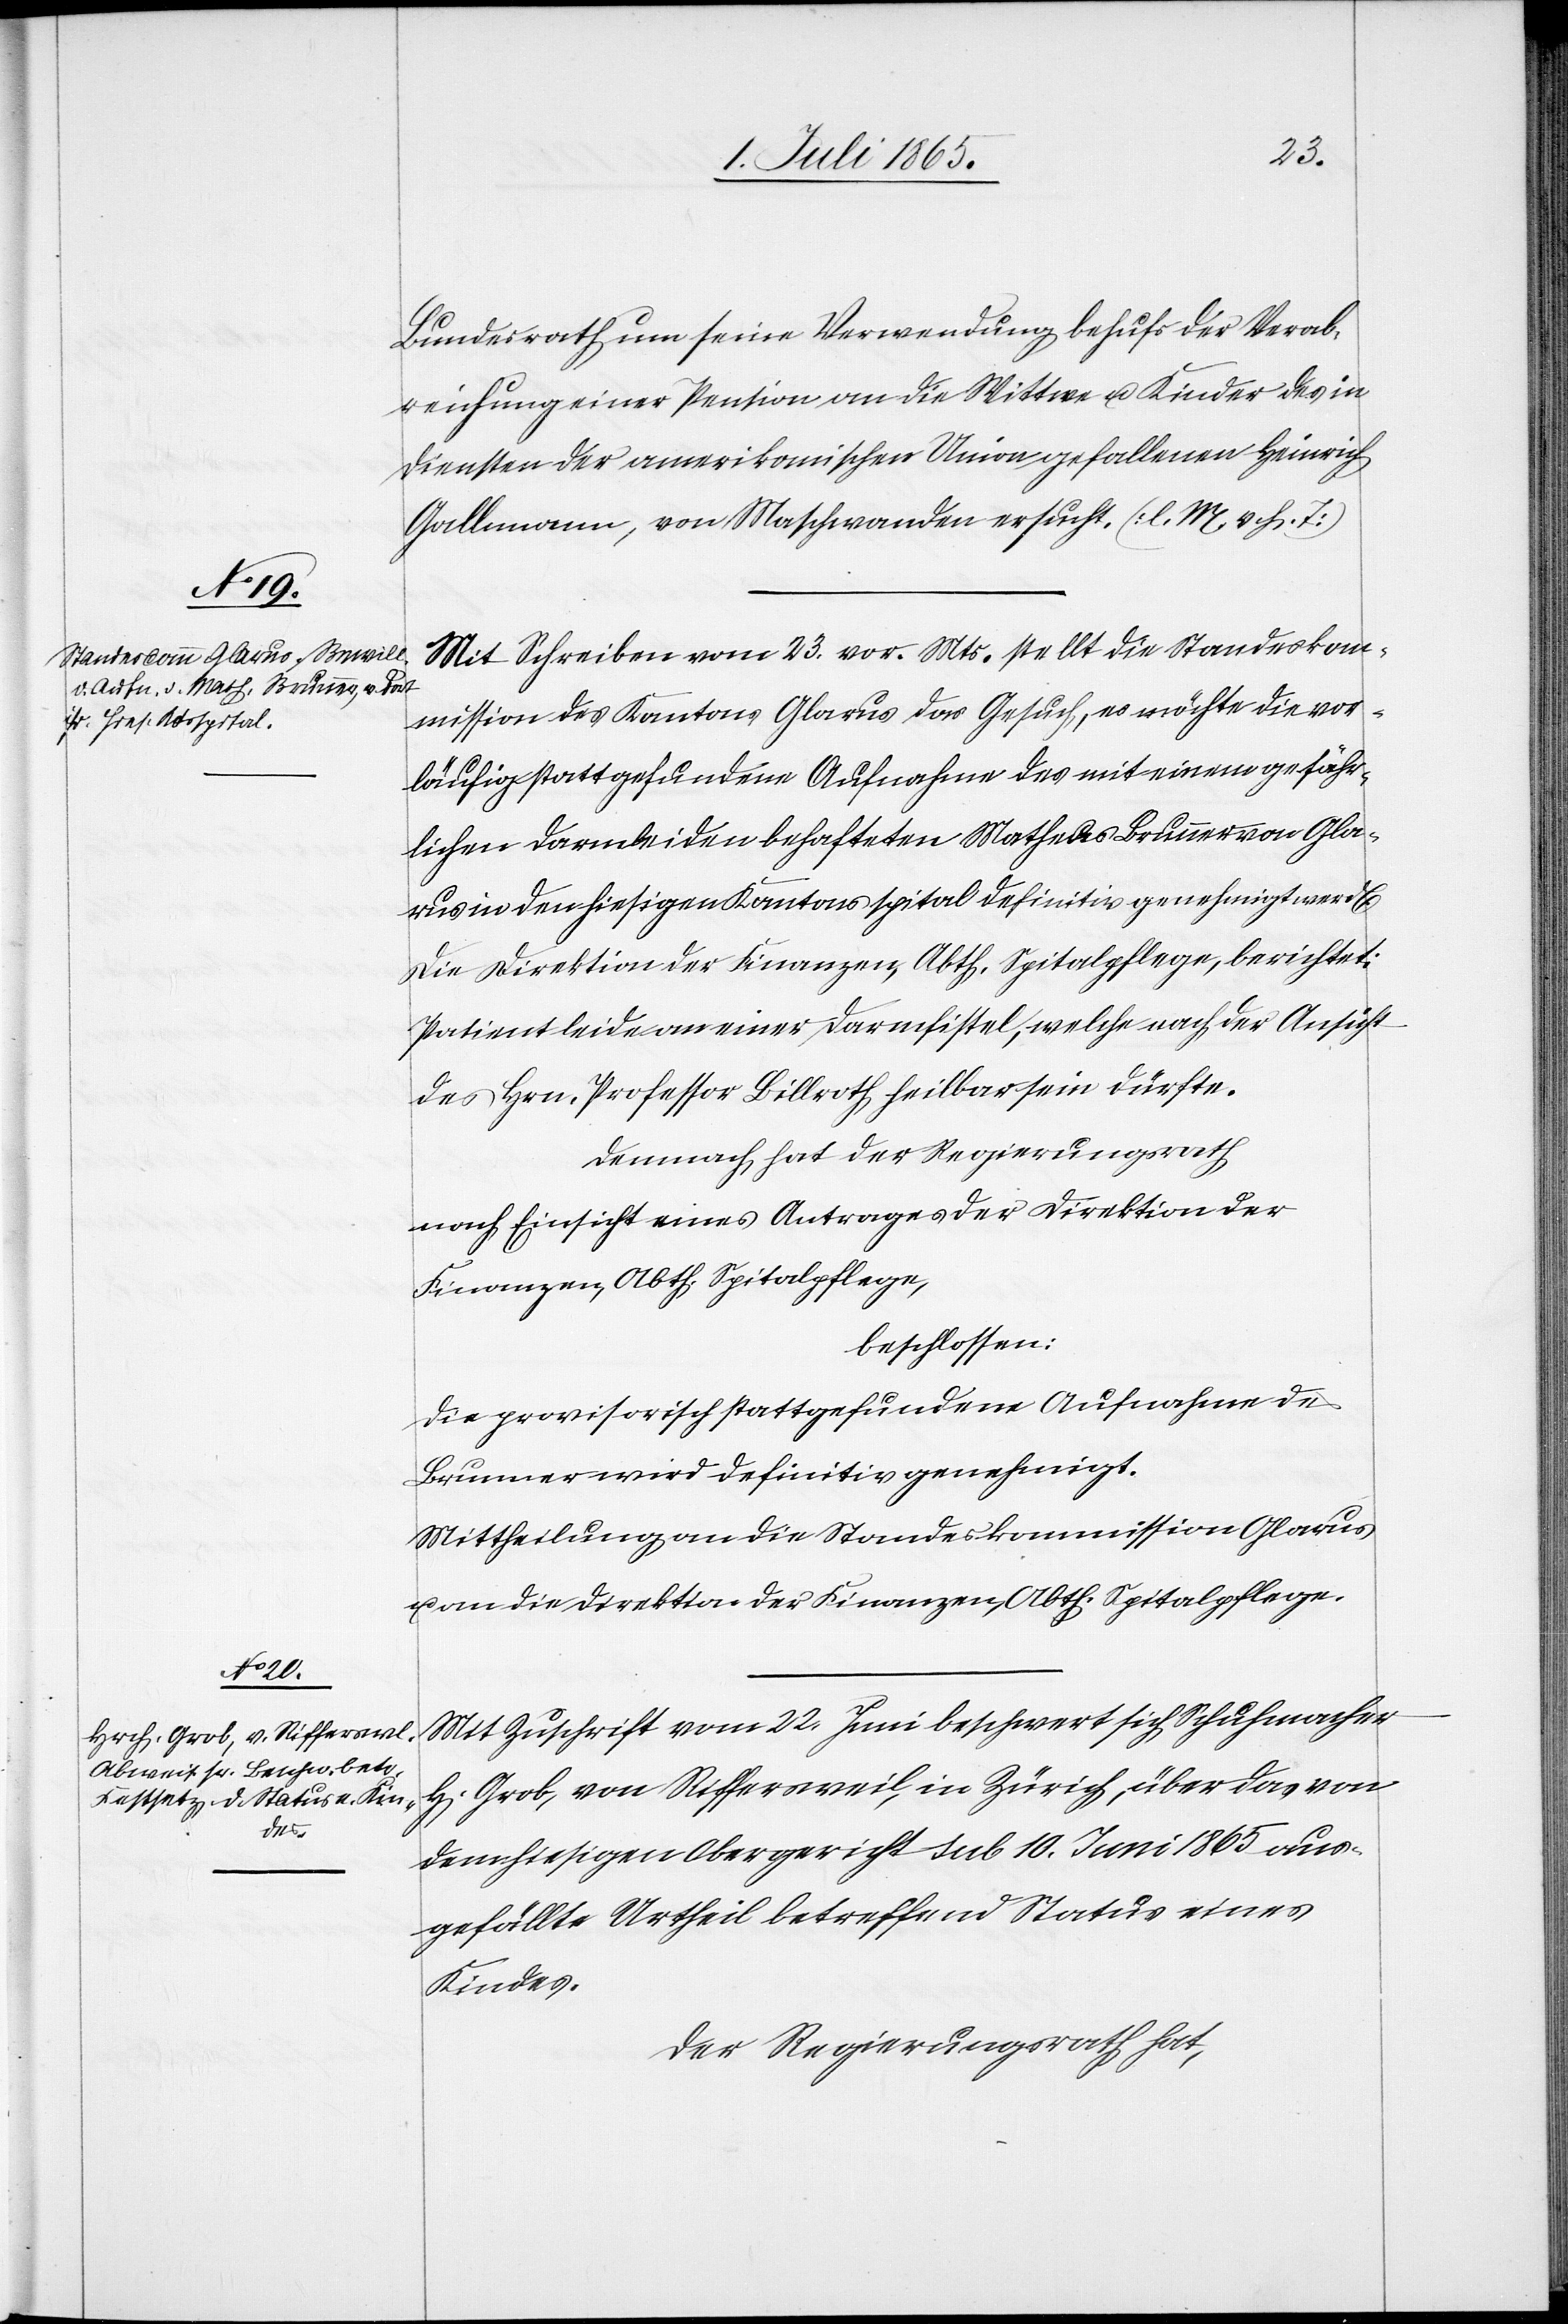
Bundesrath um seine Verwendung behufs der Verab¬
reichung einer Pension an die Wittwe u. Kinder des in
Diensten der amerikanischen Union gefallenen Heinrich
Gallmann, von Maschwanden ersucht. [l. M. v. h. T]
Mit Schreiben vom 23. vor. Mts. stellt die Standeskom¬
mission des Kantons Glarus das Gesuch, es möchte die vor¬
läufig stattgefundene Aufnahme des mit einem gefähr¬
lichen Darmleiden behafteten Matheas Brunner von Gla¬
rus in den hiesigen Kantonsspital definitiv genehmigt werd[en].
Die Direktion der Finanzen, Abth. Spitalpflege, berichtet:
Patient leide an einer Darmfistel, welche nach der Ansicht
des Hrn. Professor Billroth heilbar sein dürfte.
Demnach hat der Regierungsrath
nach Einsicht eines Antrages der Direktion der
Finanzen, Abth. Spitalpflege,
beschlossen:
Die provisorisch stattgefundene Aufnahme des
Brunner wird definitiv genehmigt.
Mittheilung an die Standeskommission Glarus
u. an die Direktion der Finanzen, Abth. Spitalpflege.
Mit Zuschrift vom 22. Juni beschwert sich Schuhmacher
H. Grob, von Riffersweil, in Zürich, über das von
dem hiesigen Obergericht sub 10. Juni 1865 aus¬
gefällte Urtheil betreffend Status eines
Kindes.
Der Regierungsrath hat,